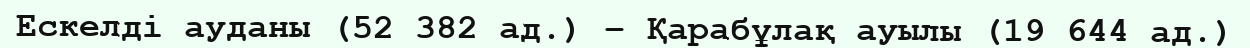
Ескелді ауданы (52 382 ад.) – Қарабұлақ ауылы (19 644 ад.)